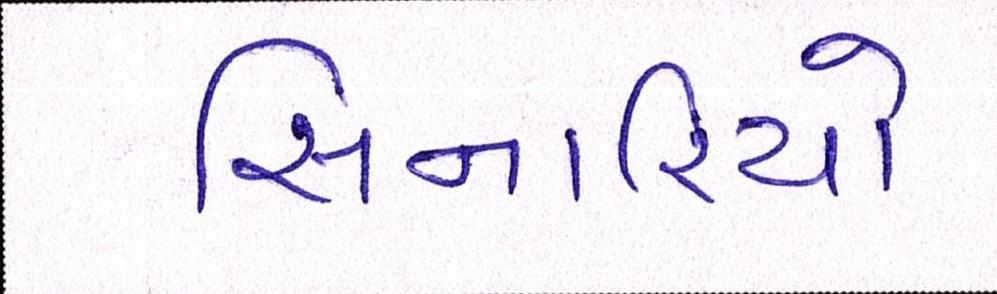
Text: સિનારિયો